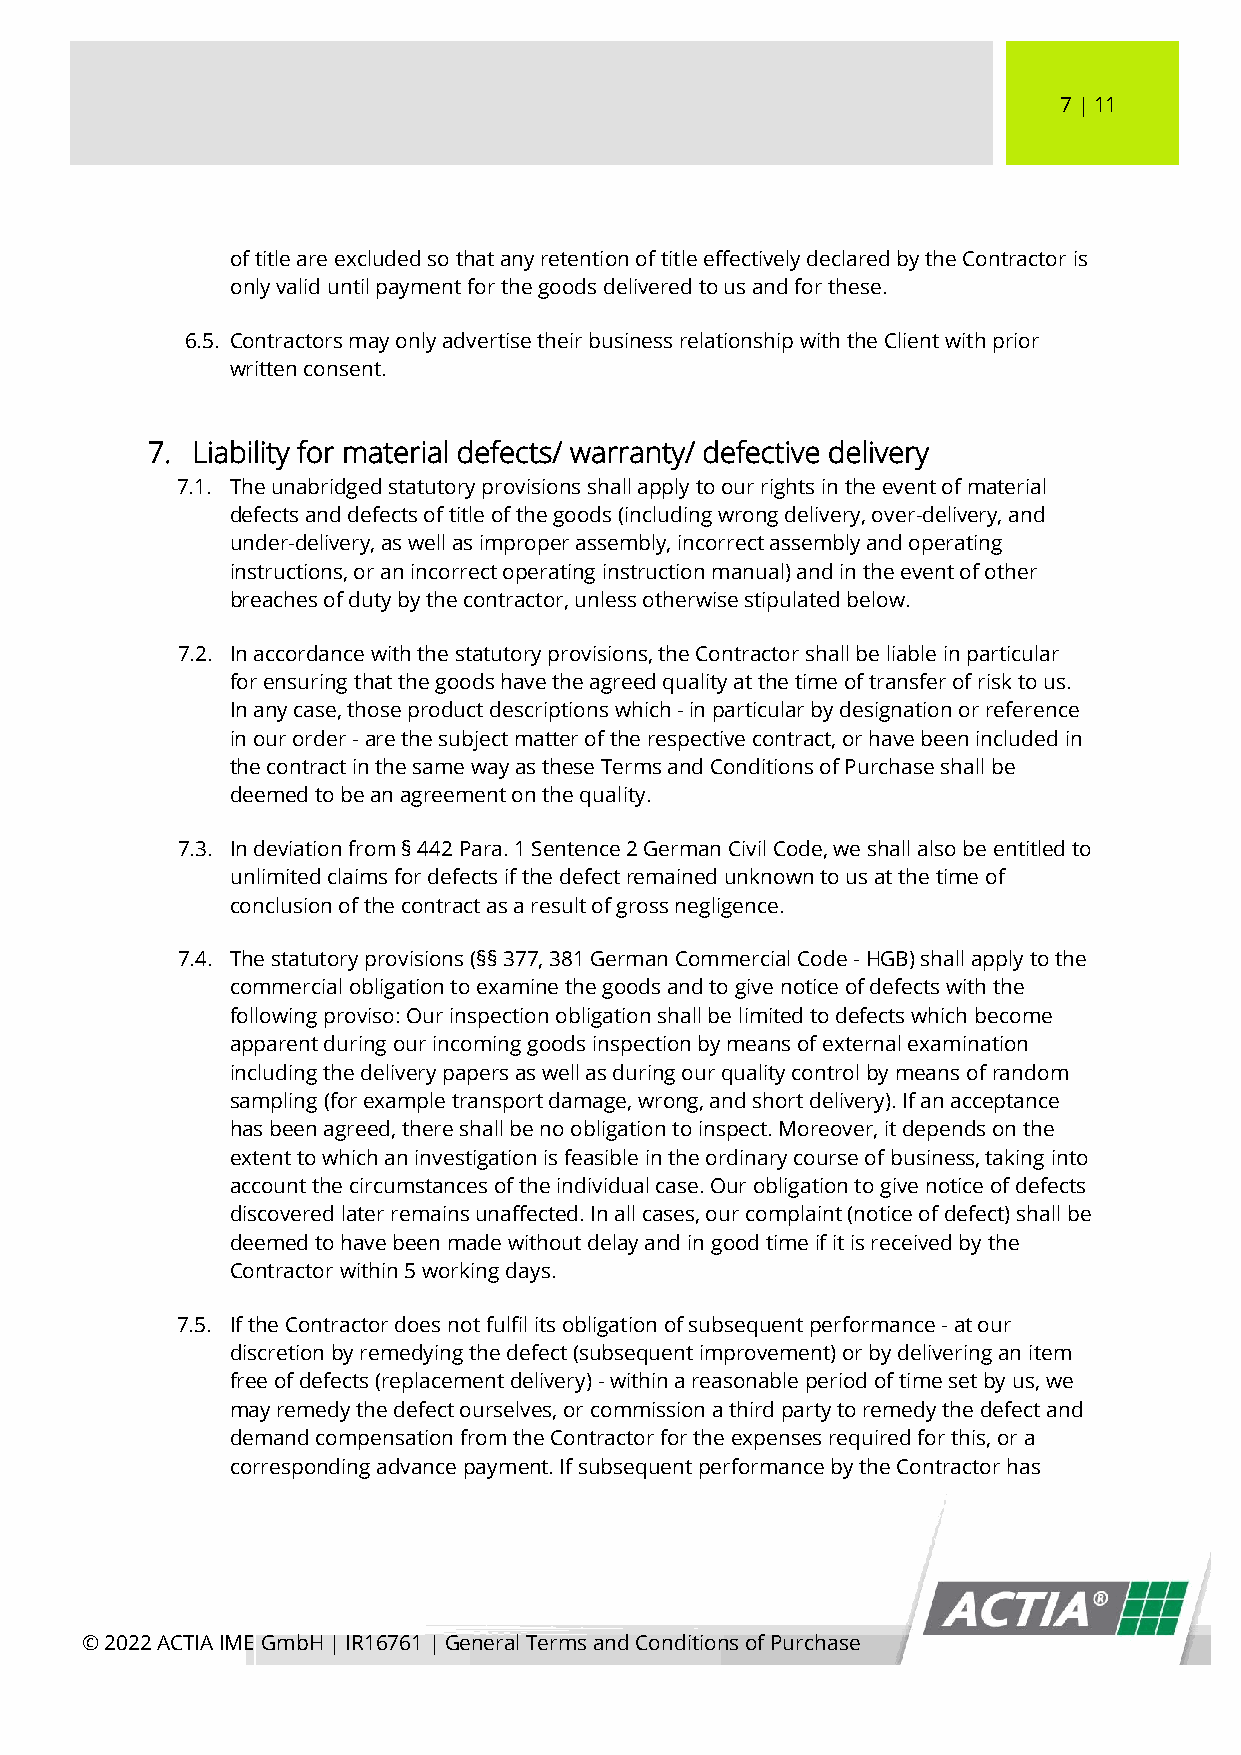
7 │ 11
 of title are excluded so that any retention of title effectively declared by the Contractor is
 only valid until payment for the goods delivered to us and for these.
 6.5. Contractors may only advertise their business relationship with the Client with prior
 written consent.
 7. Liability for material defects/ warranty/ defective delivery
 7.1. The unabridged statutory provisions shall apply to our rights in the event of material
 defects and defects of title of the goods (including wrong delivery, over-delivery, and
 under-delivery, as well as improper assembly, incorrect assembly and operating
 instructions, or an incorrect operating instruction manual) and in the event of other
 breaches of duty by the contractor, unless otherwise stipulated below.
 7.2. In accordance with the statutory provisions, the Contractor shall be liable in particular
 for ensuring that the goods have the agreed quality at the time of transfer of risk to us.
 In any case, those product descriptions which - in particular by designation or reference
 in our order - are the subject matter of the respective contract, or have been included in
 the contract in the same way as these Terms and Conditions of Purchase shall be
 deemed to be an agreement on the quality.
 7.3. In deviation from § 442 Para. 1 Sentence 2 German Civil Code, we shall also be entitled to
 unlimited claims for defects if the defect remained unknown to us at the time of
 conclusion of the contract as a result of gross negligence.
 7.4. The statutory provisions (§§ 377, 381 German Commercial Code - HGB) shall apply to the
 commercial obligation to examine the goods and to give notice of defects with the
 following proviso: Our inspection obligation shall be limited to defects which become
 apparent during our incoming goods inspection by means of external examination
 including the delivery papers as well as during our quality control by means of random
 sampling (for example transport damage, wrong, and short delivery). If an acceptance
 has been agreed, there shall be no obligation to inspect. Moreover, it depends on the
 extent to which an investigation is feasible in the ordinary course of business, taking into
 account the circumstances of the individual case. Our obligation to give notice of defects
 discovered later remains unaffected. In all cases, our complaint (notice of defect) shall be
 deemed to have been made without delay and in good time if it is received by the
 Contractor within 5 working days.
 7.5. If the Contractor does not fulfil its obligation of subsequent performance - at our
 discretion by remedying the defect (subsequent improvement) or by delivering an item
 free of defects (replacement delivery) - within a reasonable period of time set by us, we
 may remedy the defect ourselves, or commission a third party to remedy the defect and
 demand compensation from the Contractor for the expenses required for this, or a
 corresponding advance payment. If subsequent performance by the Contractor has
 © 2022 ACTIA IME GmbH │ IR16761 │ General Terms and Conditions of Purchase